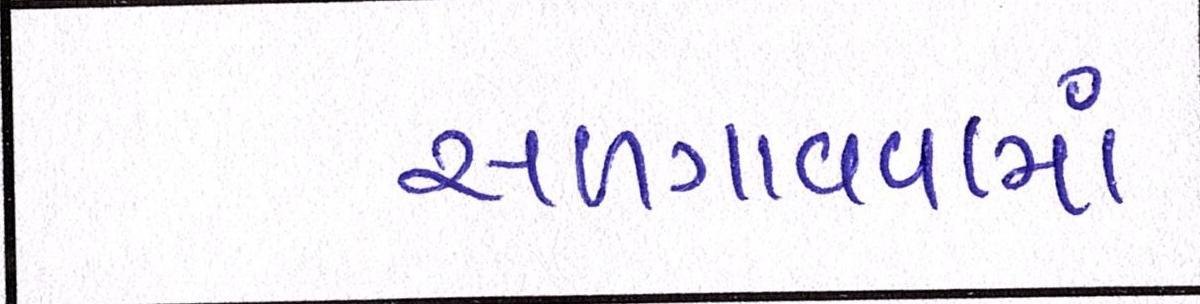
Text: સળગાવવામાં